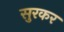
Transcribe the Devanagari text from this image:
सुरकर